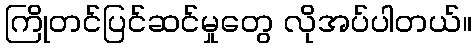
ကြိုတင်ပြင်ဆင်မှုတွေ လိုအပ်ပါတယ်။